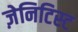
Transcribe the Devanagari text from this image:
ज़ेनिटिस्ट